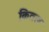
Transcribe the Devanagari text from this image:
कितल